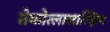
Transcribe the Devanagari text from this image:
तेकोत्लालात्झिन